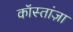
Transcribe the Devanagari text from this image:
कॉस्तांज़ा